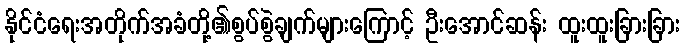
နိုင်ငံရေးအတိုက်အခံတို့၏စွပ်စွဲချက်များကြောင့် ဦးအောင်ဆန်း ထူးထူးခြားခြား